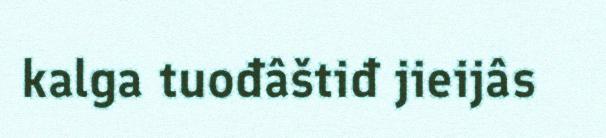
kalga tuođâštiđ jieijâs